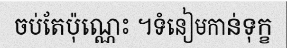
ចប់តែប៉ុណ្ណេះ ។ទំនៀមកាន់ទុក្ខ